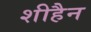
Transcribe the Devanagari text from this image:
शीहैन